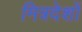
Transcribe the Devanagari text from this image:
मित्रदेशों